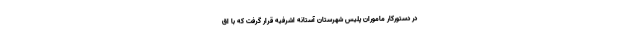
در دستورکار ماموران پلیس شهرستان آستانه اشرفیه قرار گرفت که با اق